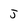
Character: J